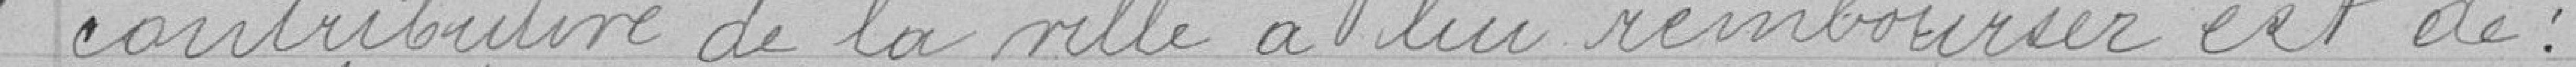
contributive de la Ville à lui rembourser est de :